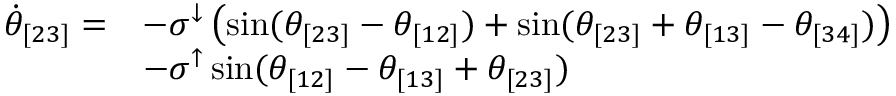
\begin{array} { r l } { \Dot { \theta } _ { [ 2 3 ] } = } & { - \sigma ^ { \downarrow } \left( \sin ( \theta _ { [ 2 3 ] } - \theta _ { [ 1 2 ] } ) + \sin ( \theta _ { [ 2 3 ] } + \theta _ { [ 1 3 ] } - \theta _ { [ 3 4 ] } ) \right) } \\ & { - \sigma ^ { \uparrow } \sin ( \theta _ { [ 1 2 ] } - \theta _ { [ 1 3 ] } + \theta _ { [ 2 3 ] } ) } \end{array}